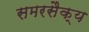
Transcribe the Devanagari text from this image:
समरसैक्य